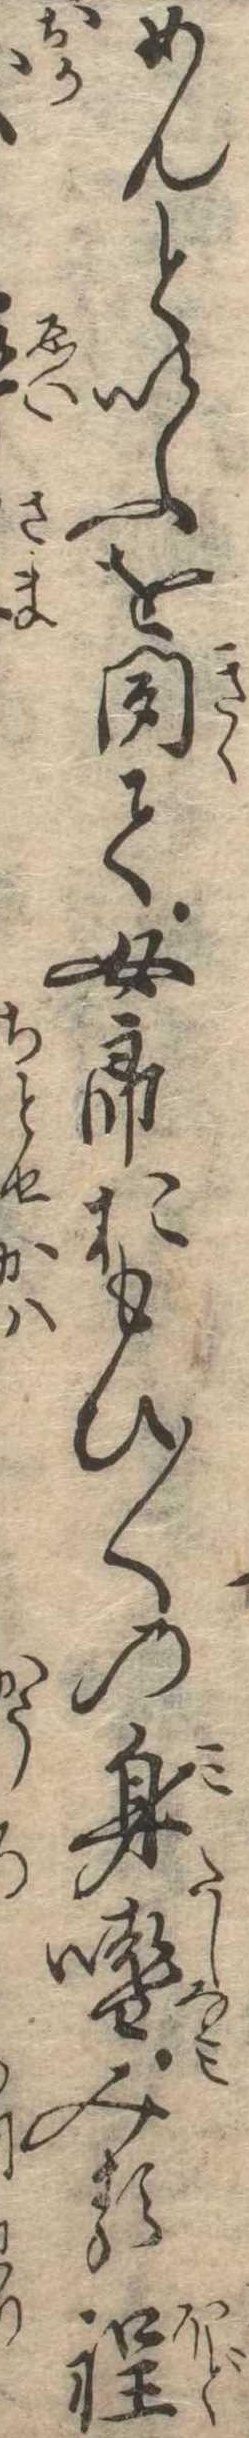
めんといふを聞て女郎おもひ〱の身嗜みる程